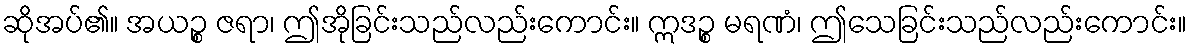
ဆိုအပ်၏။ အယဉ္စ ဇရာ၊ ဤအိုခြင်းသည်လည်းကောင်း။ ဣဒဉ္စ မရဏံ၊ ဤသေခြင်းသည်လည်းကောင်း။